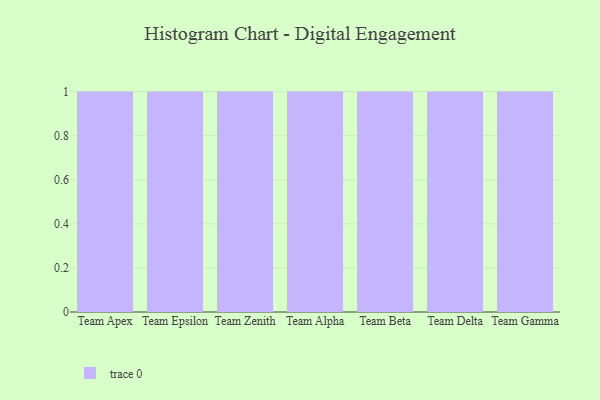
{"axis": {"x": "Team", "y": "Population (Million)"}, "legend": [""], "data": [{"x": "Team Apex", "y": 84, "type": ""}, {"x": "Team Epsilon", "y": 61, "type": ""}, {"x": "Team Zenith", "y": 70, "type": ""}, {"x": "Team Alpha", "y": 27, "type": ""}, {"x": "Team Beta", "y": 88, "type": ""}, {"x": "Team Delta", "y": 22, "type": ""}, {"x": "Team Gamma", "y": 82, "type": ""}]}